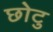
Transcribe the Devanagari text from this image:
छोटु